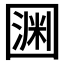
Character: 𡈛